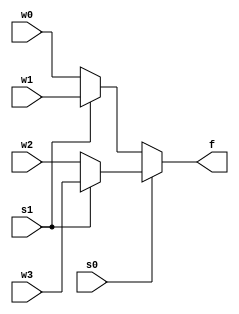
module mux4busesto1bus
# (parameter width=16)
(
	input [width-1:0] w0, w1, w2, w3,
	input s0, s1,
	output[width-1:0] f
);
	
	assign f = s0 ? ( s1 ? w3 : w2 ) : ( s1 ? w1 : w0); // s0s1:11 => w3, s0s1:10 => w2, s0s1:01 => w1, s0s1:00 => w0
	
endmodule